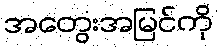
အတွေးအမြင်ကို